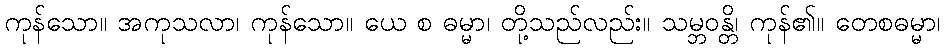
ကုန်သော။ အကုသလာ၊ ကုန်သော။ ယေ စ ဓမ္မာ၊ တို့သည်လည်း။ သမ္ဘဝန္တိ၊ ကုန်၏။ တေစဓမ္မာ၊